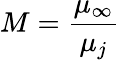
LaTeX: M=\frac{\mu_{\infty}}{\mu_{j}}